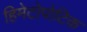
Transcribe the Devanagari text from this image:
हिमेटोपोटिक